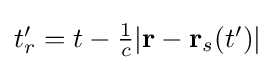
{\textstyle t_{r}'=t-{\frac {1}{c}}|\mathbf {r} -\mathbf {r} _{s}(t')|}